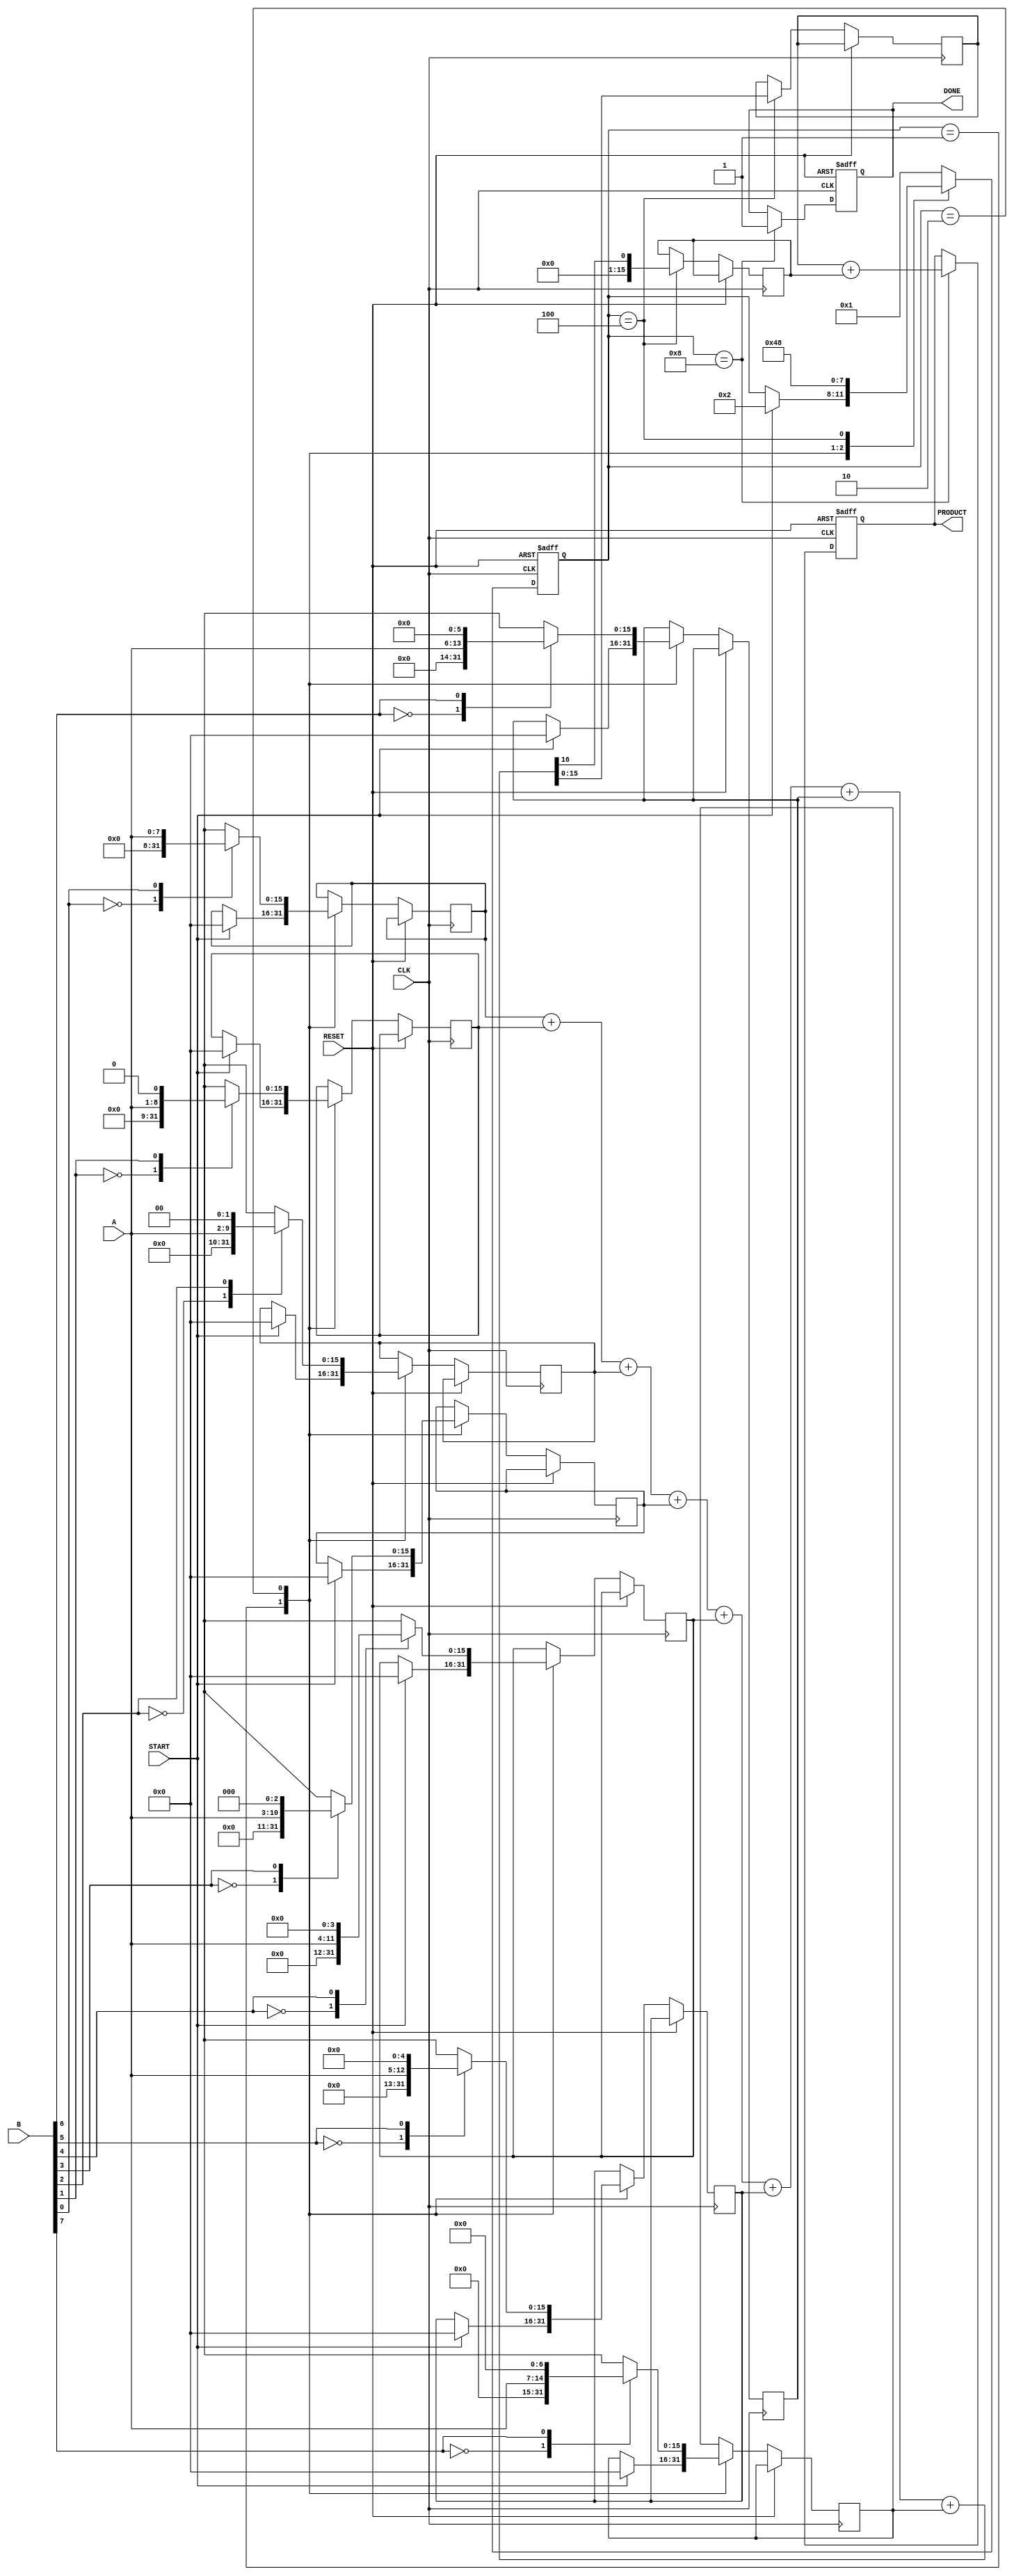
module radix4_wallace_multiplier #(
    parameter N = 8 // Number of bits for multiplicands
) (
    input wire [N-1:0] A,         // First multiplicand
    input wire [N-1:0] B,         // Second multiplicand
    input wire CLK,                // Clock signal
    input wire START,              // Start signal
    input wire RESET,              // Reset signal
    output reg [2*N-1:0] PRODUCT,  // Final product
    output reg DONE                // Completion signal
);

    // Internal signals
    reg [2*N-1:0] partial_products [0:N-1]; // Partial products
    reg [2*N-1:0] sum [0:N-1];               // Intermediate sums
    reg [N-1:0] carry [0:N-1];               // Carry bits
    reg [2*N-1:0] final_sum, final_carry;    // Final sum and carry

    integer i, j;
    reg [3:0] state;  // State machine for control

    // State encoding
    localparam IDLE = 4'b0001,
               GENERATE_PARTIALS = 4'b0010,
               REDUCE_PARTIALS = 4'b0100,
               FINAL_ADDITION = 4'b1000;

    // Generate partial products
    always @(posedge CLK or posedge RESET) begin
        if (RESET) begin
            PRODUCT <= 0;
            DONE <= 0;
            state <= IDLE;
        end else begin
            case (state)
                IDLE: begin
                    if (START) begin
                        // Initialize partial products to zero
                        for (i = 0; i < N; i = i + 1) begin
                            partial_products[i] <= 0;
                        end
                        state <= GENERATE_PARTIALS;
                    end
                end

                GENERATE_PARTIALS: begin
                    for (i = 0; i < N; i = i + 1) begin
                        case (B[i: i])
                            2'b00: partial_products[i] <= 0;
                            2'b01: partial_products[i] <= A << i;  // A
                            2'b10: partial_products[i] <= (A << i) + (A << (i + 1)); // 2A
                            2'b11: partial_products[i] <= (A << (i + 1)) + (A << (i + 1)); // 3A
                        endcase
                    end
                    state <= REDUCE_PARTIALS;
                end

                REDUCE_PARTIALS: begin
                    // Implement the Wallace tree reduction here
                    // For simplicity, this example assumes a naive reduction.
                    // In a real implementation, you would implement a proper reduction.
                    // You can use half adders and full adders to reduce the partial sums

                    // Example: simple summation of first few partial products
                    final_sum = partial_products[0];
                    final_carry = 0;
                    for (i = 1; i < N; i = i + 1) begin
                        {final_carry, final_sum} = final_sum + partial_products[i];
                    end

                    state <= FINAL_ADDITION;
                end

                FINAL_ADDITION: begin
                    PRODUCT <= final_sum + final_carry; // Final addition
                    DONE <= 1; // Indicate completion
                    state <= IDLE; // Reset to IDLE for next operation
                end

                default: state <= IDLE; // Fallback to IDLE
            endcase
        end
    end
endmodule